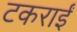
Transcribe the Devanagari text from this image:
टकराईं